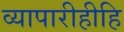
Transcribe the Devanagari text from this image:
व्यापारीहीहि